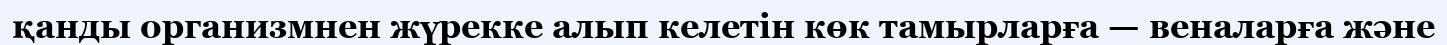
қанды организмнен жүрекке алып келетін көк тамырларға — веналарға және